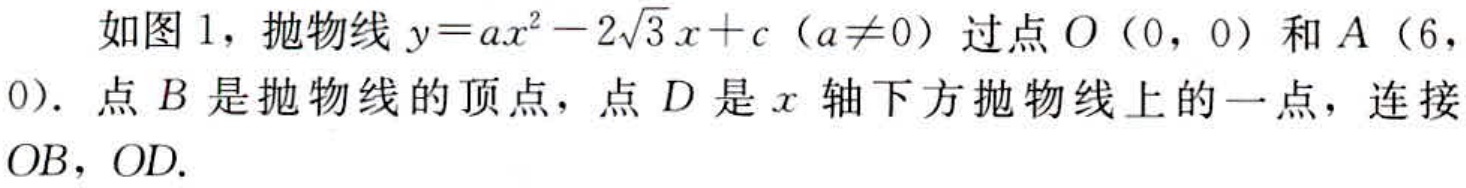
如图 1，抛物线\(y = ax^{2}-2\sqrt{3}x + c（a\neq0）\)过点\(O（0，0）\)和\(A（6，0）\)．点\(B\)是抛物线的顶点，点\(D\)是\(x\)轴下方抛物线上的一点，连接\(OB\)，\(OD\)．